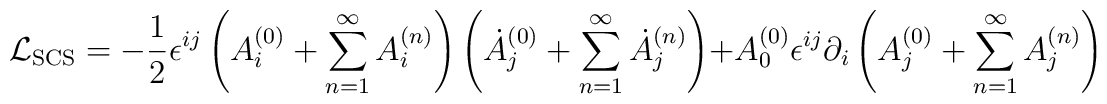
{\cal L}_{\rm SCS} = - \frac{1}{2} \epsilon^{ij} \left( A_i^{(0)} +    \sum^{\infty}_{n=1} A_i^{(n)} \right) \left( \dot{A}_j^{(0)} +    \sum^{\infty}_{n=1} \dot{A}_j^{(n)} \right) + A_0^{(0)}    \epsilon^{ij} \partial_i \left( A_j^{(0)} +    \sum^{\infty}_{n=1} A_j^{(n)} \right)